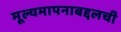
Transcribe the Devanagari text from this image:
मूल्यमापनाबद्दलची